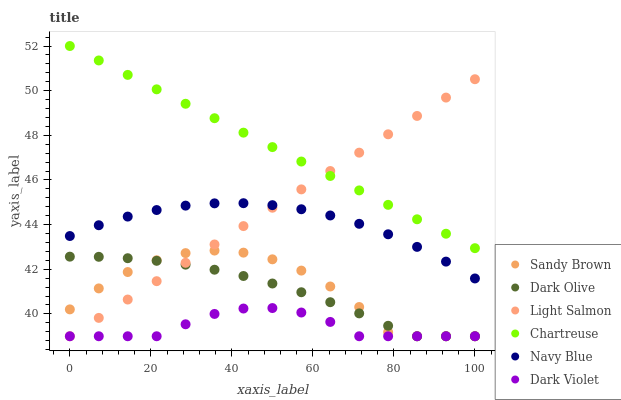
| xaxis_label | Sandy Brown | Dark Olive | Light Salmon | Chartreuse | Navy Blue | Dark Violet |
 | --- | --- | --- | --- | --- | --- | --- |
 | 0 | 40.2 | 42.6 | 39 | 52 | 43.5 | 39 |
 | 7.14 | 41.1 | 42.6 | 39.8 | 51.4 | 44 | 39 |
 | 14.3 | 41.9 | 42.5 | 40.6 | 50.7 | 44.4 | 39 |
 | 21.4 | 42.4 | 42.4 | 41.5 | 50.1 | 44.7 | 39 |
 | 28.6 | 42.7 | 42.2 | 42.3 | 49.4 | 44.9 | 39.5 |
 | 35.7 | 42.8 | 42 | 43.1 | 48.8 | 45 | 40 |
 | 42.9 | 42.7 | 41.7 | 43.9 | 48.1 | 45 | 40.2 |
 | 50 | 42.4 | 41.4 | 44.8 | 47.5 | 44.9 | 40.3 |
 | 57.1 | 41.9 | 41 | 45.6 | 46.8 | 44.7 | 40.1 |
 | 64.3 | 41.2 | 40.5 | 46.4 | 46.2 | 44.4 | 39.6 |
 | 71.4 | 40.3 | 40 | 47.2 | 45.5 | 44 | 39 |
 | 78.6 | 39.2 | 39.5 | 48 | 44.9 | 43.6 | 39 |
 | 85.7 | 39 | 39 | 48.9 | 44.2 | 43 | 39 |
 | 92.9 | 39 | 39 | 49.7 | 43.6 | 42.3 | 39 |
 | 100 | 39 | 39 | 50.5 | 42.9 | 41.6 | 39 |